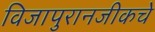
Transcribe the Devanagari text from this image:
विजापुरानजीकचे